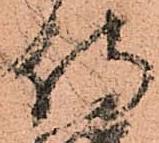
侍